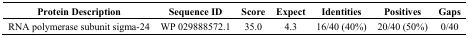
<table><thead><tr><td><b>Protein Description</b></td><td><b>Sequence ID</b></td><td><b>Score</b></td><td><b>Expect</b></td><td><b>Identities</b></td><td><b>Positives</b></td><td><b>Gaps</b></td></tr></thead><tbody><tr><td>RNA polymerase subunit sigma-24</td><td>WP 029888572.1</td><td>35.0</td><td>4.3</td><td>16/40 (40%)</td><td>20/40 (50%)</td><td>0/40</td></tr></tbody></table>